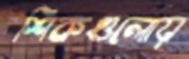
শিকগুলোয়